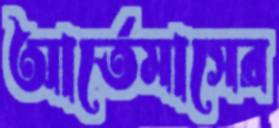
আর্তেমাসের